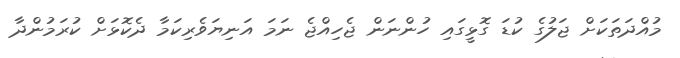
މުއްދަތަކަށް ޖަލުގެ ކުޑަ ގޮޅީގައި ހުންނަން ޖެހިއްޖެ ނަމަ އަނިޔަވެރިކަމާ ދެކޮޅަށް ކުރަމުންދާ